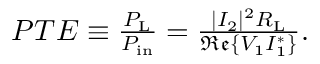
\begin{array} { r } { { P T E } \equiv \frac { P _ { \mathrm { L } } } { P _ { \mathrm { i n } } } = \frac { | I _ { 2 } | ^ { 2 } R _ { \mathrm { L } } } { \mathfrak { R e } \{ V _ { 1 } I _ { 1 } ^ { * } \} } . } \end{array}